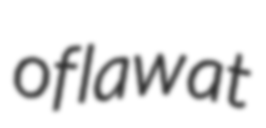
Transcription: of law at